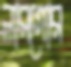
লারগোর